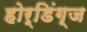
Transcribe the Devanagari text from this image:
होर्डिंग्ज